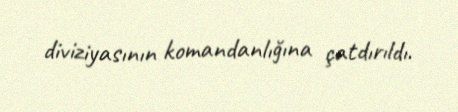
diviziyasının komandanlığına çatdırıldı.